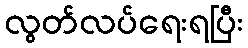
လွတ်လပ်ရေးရပြီး